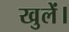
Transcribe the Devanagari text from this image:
खुलें।